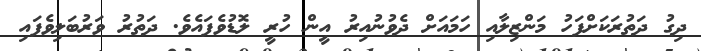
ދިގު ދަތުރަކަށްފަހު މަންޒިލާއި ހަމައަށް ދެވުނުއިރު އީން ހުރީ ލޮޑުވެފައެވެ. ދަތުރު ވަރުބަލިވެފައި